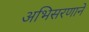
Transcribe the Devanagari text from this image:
अभिसरणाने